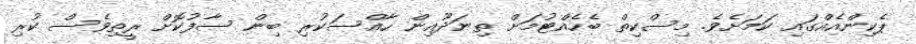
ޕެކިންއެއްގައި ކަމަށެވެ. މިސްކިތް ބެހެއްޓުމަށް ތިނަދޫއިން ހާއްސަކުރި ބިން ސާފުކޮށް ރީތިވެސް ކުރި